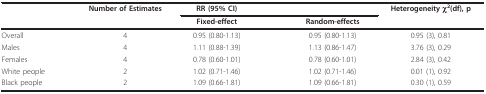
<table><thead><tr><td></td><td><b>Number of Estimates</b></td><td><b>RR (95% CI)</b></td><td></td><td></td><td><b>Heterogeneity χ<sup>2</sup>(df), p</b></td></tr><tr><td></td><td></td><td><b>Fixed-effect</b></td><td></td><td><b>Random-effects</b></td><td></td></tr></thead><tbody><tr><td>Overall</td><td>4</td><td>0.95 (0.80-1.13)</td><td></td><td>0.95 (0.80-1.13)</td><td>0.95 (3), 0.81</td></tr><tr><td>Males</td><td>4</td><td>1.11 (0.88-1.39)</td><td></td><td>1.13 (0.86-1.47)</td><td>3.76 (3), 0.29</td></tr><tr><td>Females</td><td>4</td><td>0.78 (0.60-1.01)</td><td></td><td>0.78 (0.60-1.01)</td><td>2.84 (3), 0.42</td></tr><tr><td>White people</td><td>2</td><td>1.02 (0.71-1.46)</td><td></td><td>1.02 (0.71-1.46)</td><td>0.01 (1), 0.92</td></tr><tr><td>Black people</td><td>2</td><td>1.09 (0.66-1.81)</td><td></td><td>1.09 (0.66-1.81)</td><td>0.30 (1), 0.59</td></tr></tbody></table>